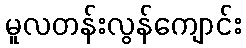
မူလတန်းလွန်ကျောင်း